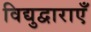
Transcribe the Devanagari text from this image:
विद्युद्वाराएँ